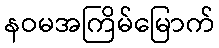
နဝမအကြိမ်မြောက်